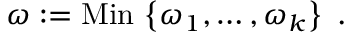
\omega : = \mathrm { M i n \, } \left\{ \omega _ { 1 } , \dots , \omega _ { k } \right\} \ .